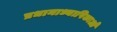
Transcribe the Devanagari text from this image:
प्रधानाध्यापिकाओं